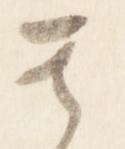
其